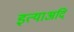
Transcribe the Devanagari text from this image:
इत्याअदि